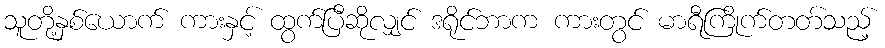
သူတို့နှစ်ယောက် ကားနှင့် ထွက်ပြီဆိုလျှင် ဒရိုင်ဘာက ကားတွင် မာရီကြိုက်တတ်သည့်